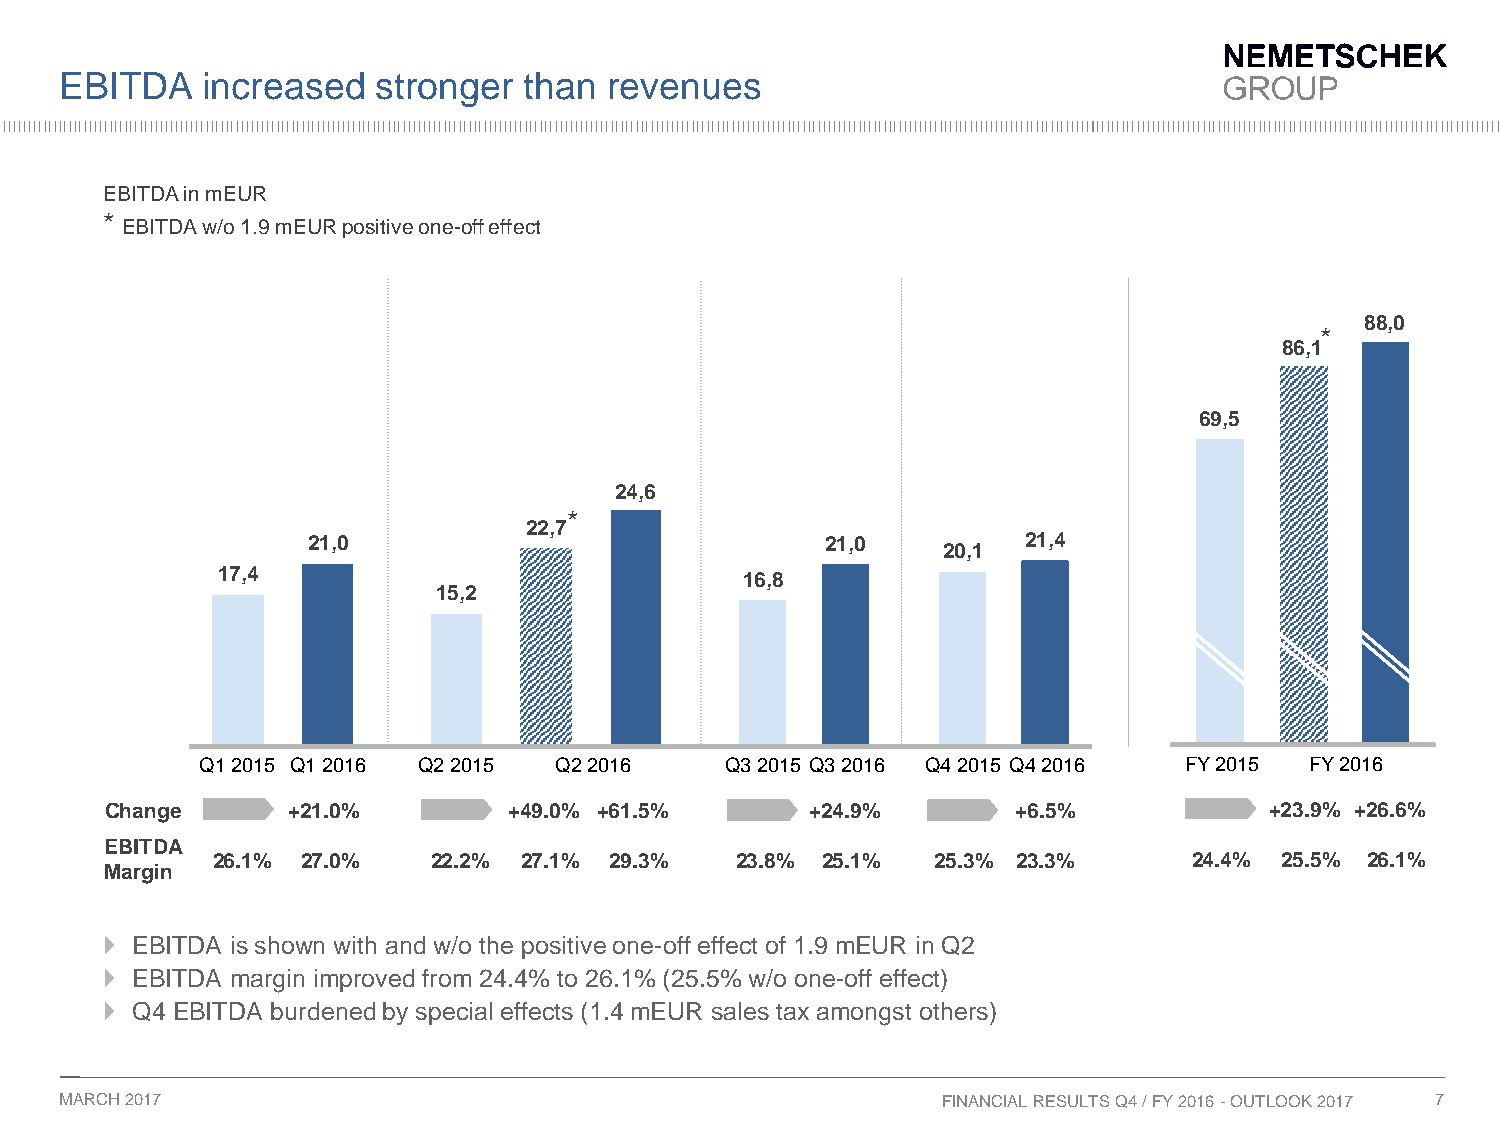
EBITDA   increased   stronger  than revenues
 EBITDA in mEUR
 * EBITDA w/o 1.9 mEUR positive one-off effect
 88,0
 *
 86,1
 69,5
 24,6
 *
 22,7
 21,0                               21,0         21,4
 20,1
 17,4                               16,8
 15,2
 Q1 2015 Q1 2016 Q2 2015 Q2 2016    Q3 2015 Q3 2016 Q4 2015 Q4 2016 FY2015 FY2016
 Change      +21.0%         +49.0% +61.5%       +24.9%       +6.5%            +23.9% +26.6%
 EBITDA
 26.1% 27.0%    22.2% 27.1% 29.3%   23.8% 25.1%  25.3% 23.3%      24.4% 25.5% 26.1%
 Margin
  EBITDA is shown with and w/o the positive one-off effect of 1.9 mEUR in Q2
  EBITDA margin improved from 24.4% to 26.1% (25.5% w/o one-off effect)
  Q4 EBITDA burdened by special effects (1.4 mEUR sales tax amongst others)
 MARCH 2017                                                FINANCIAL RESULTS Q4 / FY 2016 -OUTLOOK 2017 7